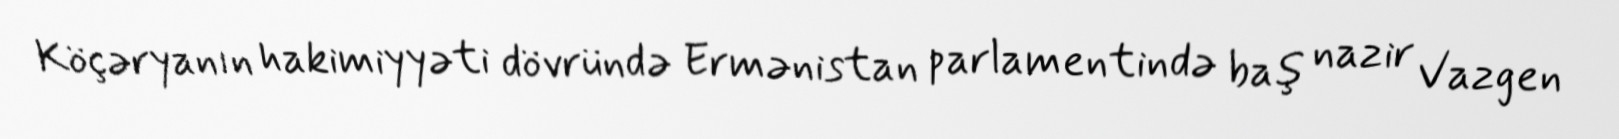
Köçəryanın hakimiyyəti dövründə Ermənistan parlamentində baş nazir Vazgen